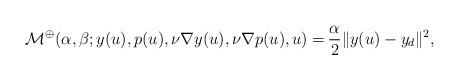
LaTeX: \begin{align*} \mathcal{M}^\oplus(\alpha,\beta;y(u),p(u),\nu \nabla y(u),\nu \nabla p(u),u) = &\, \frac{\alpha}{2}\|y(u) - y_d\|^2,\end{align*}